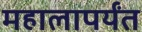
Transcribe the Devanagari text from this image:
महालापर्यंत